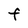
Character: F